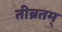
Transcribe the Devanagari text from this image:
तीब्रतम्